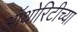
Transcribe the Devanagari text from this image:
ऑथोरिटीच्या